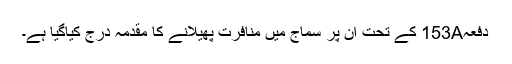
دفعہ153A کے تحت ان پر سماج میں منافرت پھیلانے کا مقدمہ درج کیاگیا ہے۔